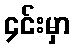
၄င်းမှာ